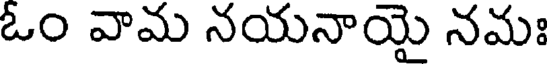
ఓం వామ నయనాయై నమః